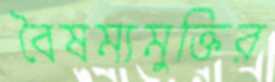
বৈষম্যমুক্তির